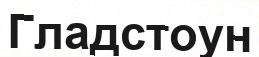
Гладстоун